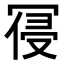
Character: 𭁾